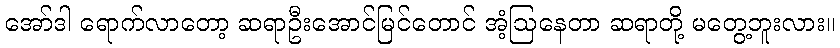
အော်ဒါ ရောက်လာတော့ ဆရာဦးအောင်မြင်တောင် အံ့ဩနေတာ ဆရာတို့ မတွေ့ဘူးလား။